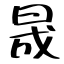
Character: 晟